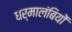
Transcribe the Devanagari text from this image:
धर्मालंबियों